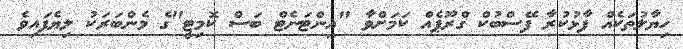
ހިޔާލުތަކެއް ފާޅުކުރާ ފޭސްބުކް ގްރޫޕެއް ކަމަށްވާ "އިންޓަނެޓް ބަސް ކޮމިޓީ"ގެ މެންބަރަކު ލިޔެފައިވެ